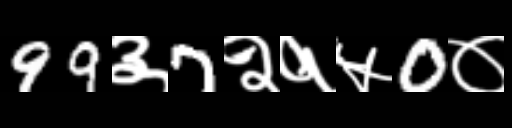
Text: 99३7२१५0०